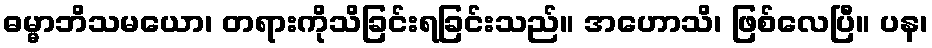
ဓမ္မာဘိသမယော၊ တရားကိုသိခြင်းရခြင်းသည်။ အဟောသိ၊ ဖြစ်လေပြီ။ ပန၊